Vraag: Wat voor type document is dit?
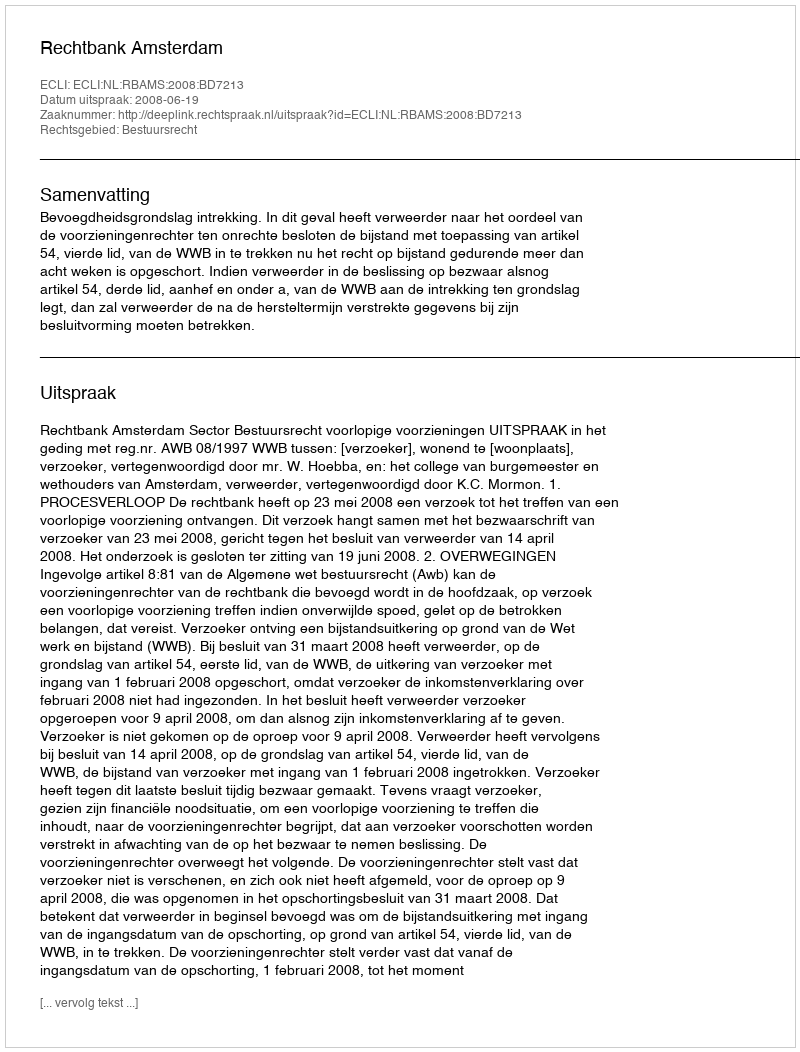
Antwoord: Uitspraak